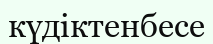
күдіктенбесе